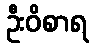
ဦးဝိစာရ